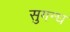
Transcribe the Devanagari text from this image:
सुगन्घ